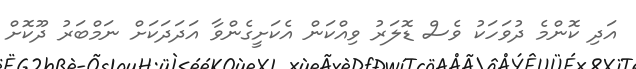
އަދި ކޮންމެ ދުވަހަކު ވެސް ޑޮލަރު ވިއްކަން އެކަށީގެންވާ އަދަދަކަށް ނަމްބަރު ދޫކޮށް